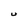
Character: U